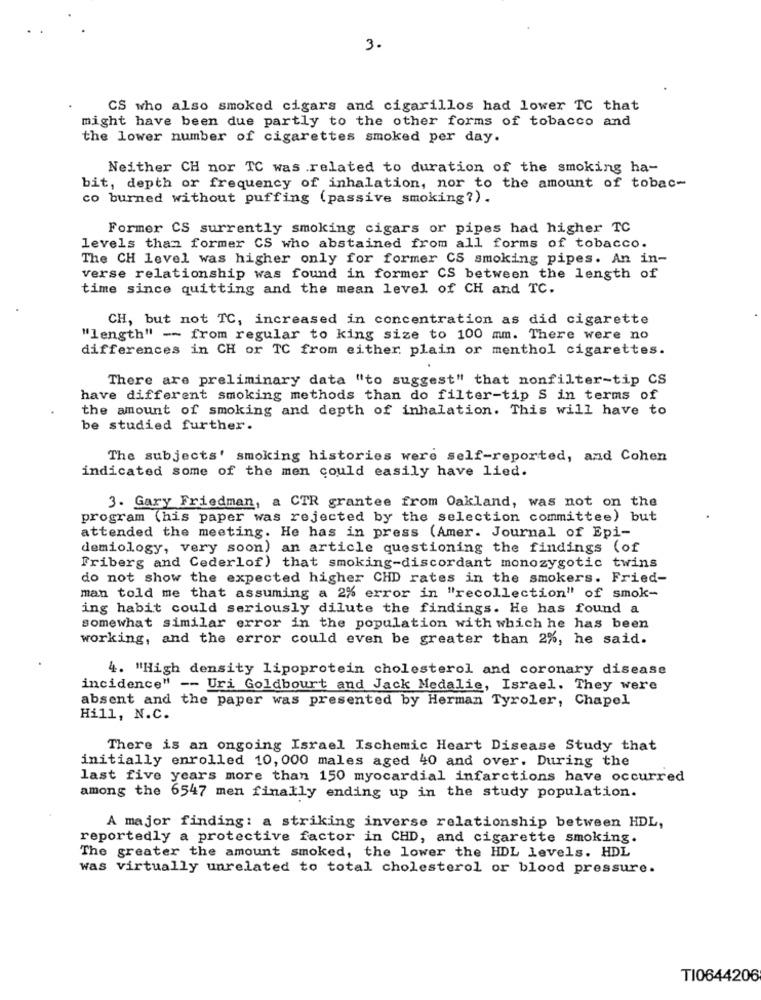
3.
CS who also smoked cigars and cigarillos had lower TC that
might have been due partly to the other forms of tobacco and
the lower number of cigarettes smoked per day.
Neither CH nor TC was .related to duration of the smoking ha-
bit, depth or frequency of inhalation, nor to the amount of tobac-
co burned without puffing (passive smoking?).
Former CS surrently smoking cigars or pipes had higher TC
levels than former CS who abstained from all forms of tobacco.
The CH level was higher only for former CS smoking pipes. An in-
verse relationship was found in former CS between the length of
time since quitting and the mean level of CH and TC.
CH, but not TC, increased in concentration as did cigarette
"length" -- from regular to king size to 100 mm. There were no
differences in CH or TC from either plain or menthol cigarettes.
There are preliminary data "to suggest" that nonfilter-tip CS
have different smoking methods than do filter-tip S in terms of
the amount of smoking and depth of inhalation. This will have to
be studied further.
The subjects' smoking histories were self-reported, and Cohen
indicated some of the men could easily have lied.
3. Gary Friedman, a CTR grantee from Oakland, was not on the
program (his paper was rejected by the selection committee) but
attended the meeting. He has in press (Amer. Journal of Epi-
demiology, very soon) an article questioning the findings (of
Friberg and Cederlof) that smoking-discordant monozygotic twins
do not show the expected higher CHD rates in the smokers. Fried-
man told me that assuming a 2% error in "recollection" of smok-
ing habit could seriously dilute the findings. He has found a
somewhat similar error in the population with which he has been
working, and the error could even be greater than 2%, he said.
4. "High density lipoprotein cholesterol and coronary disease
incidence" -- Uri Goldbourt and Jack Medalie, Israel. They were
absent and the paper was presented by Herman Tyroler, Chapel
Hill, N.C.
There is an ongoing Israel Ischemic Heart Disease Study that
initially enrolled 10, 000 males aged 40 and over. During the
last five years more than 150 myocardial infarctions have occurred
among the 6547 men finally ending up in the study population.
A major finding: a striking inverse relationship between HDL,
reportedly a protective factor in CHD, and cigarette smoking.
The greater the amount smoked, the lower the HDL levels. HDL
was virtually unrelated to total cholesterol or blood pressure.
TI0644206